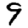
Digit: 9